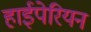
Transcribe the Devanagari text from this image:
हाईपेरियन